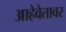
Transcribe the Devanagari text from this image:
आहेवेतावर